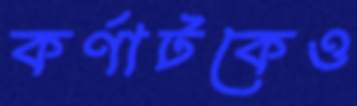
কর্ণাটকেও